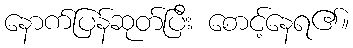
နောက်ပြန်ဆုတ်ပြီး စောင့်နေရ၏။